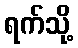
ရက်သို့